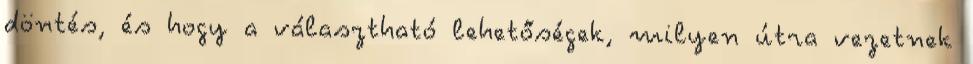
döntés, és hogy a választható lehetőségek, milyen útra vezetnek